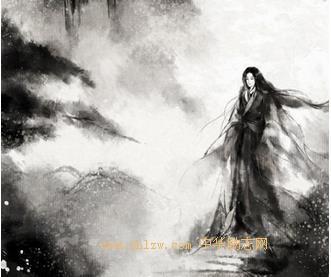
衣带渐宽终不悔，为伊消得人憔悴。